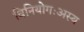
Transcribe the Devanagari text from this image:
विनियोगःअस्य